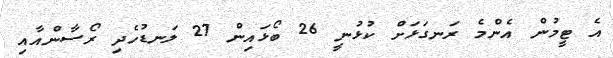
އެ ޓީމުން އެންމެ ރަނގަޅަށް ކުޅުނީ 26 ބޯޅައިން 27 ލަނޑުހެދި ރޯސާންއާއި